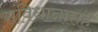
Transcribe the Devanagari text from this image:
संविधानासह